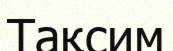
Тақсим